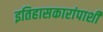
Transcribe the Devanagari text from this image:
इतिहासकारांपाशी